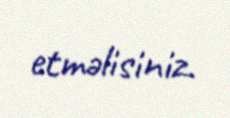
etməlisiniz.